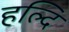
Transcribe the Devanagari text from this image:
हल्दि